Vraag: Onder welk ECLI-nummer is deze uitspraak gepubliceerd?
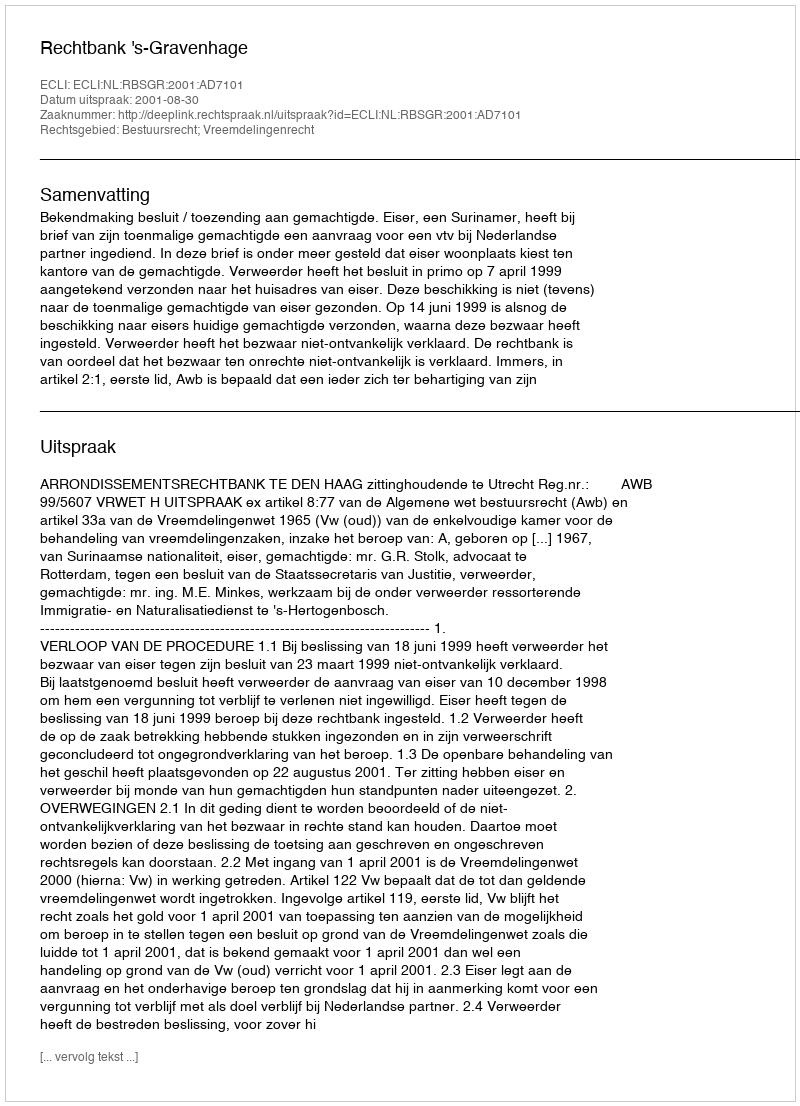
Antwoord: ECLI:NL:RBSGR:2001:AD7101